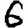
Digit: 6